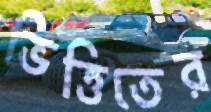
ভিত্তিতের